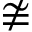
\ncong